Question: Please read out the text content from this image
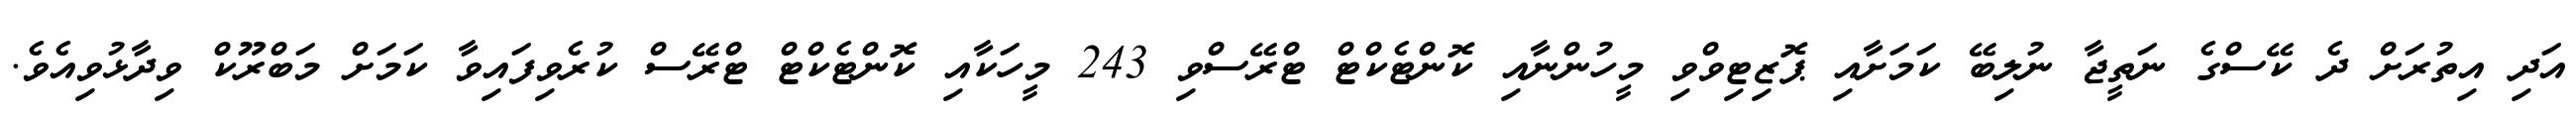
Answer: އަދި އިތުރަށް ދެ ކޭސްގެ ނަތީޖާ ނުލިބޭ ކަމަށާއި ޕޮޒިޓިވްވި މީހުންނާއި ކޮންޓެކްޓް ޓްރޭސްވި 243 މީހަކާއި ކޮންޓެކްޓް ޓްރޭސް ކުރެވިފައިވާ ކަމަށް މަބްރޫކް ވިދާޅުވިއެވެ.